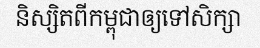
និស្សិតពីកម្ពុជាឲ្យទៅសិក្សា